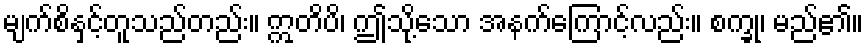
မျက်စိနှင့်တူသည်တည်း။ ဣတိပိ၊ ဤသို့သော အနက်ကြောင့်လည်း။ စက္ခု၊ မည်၏။